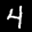
Label: 4